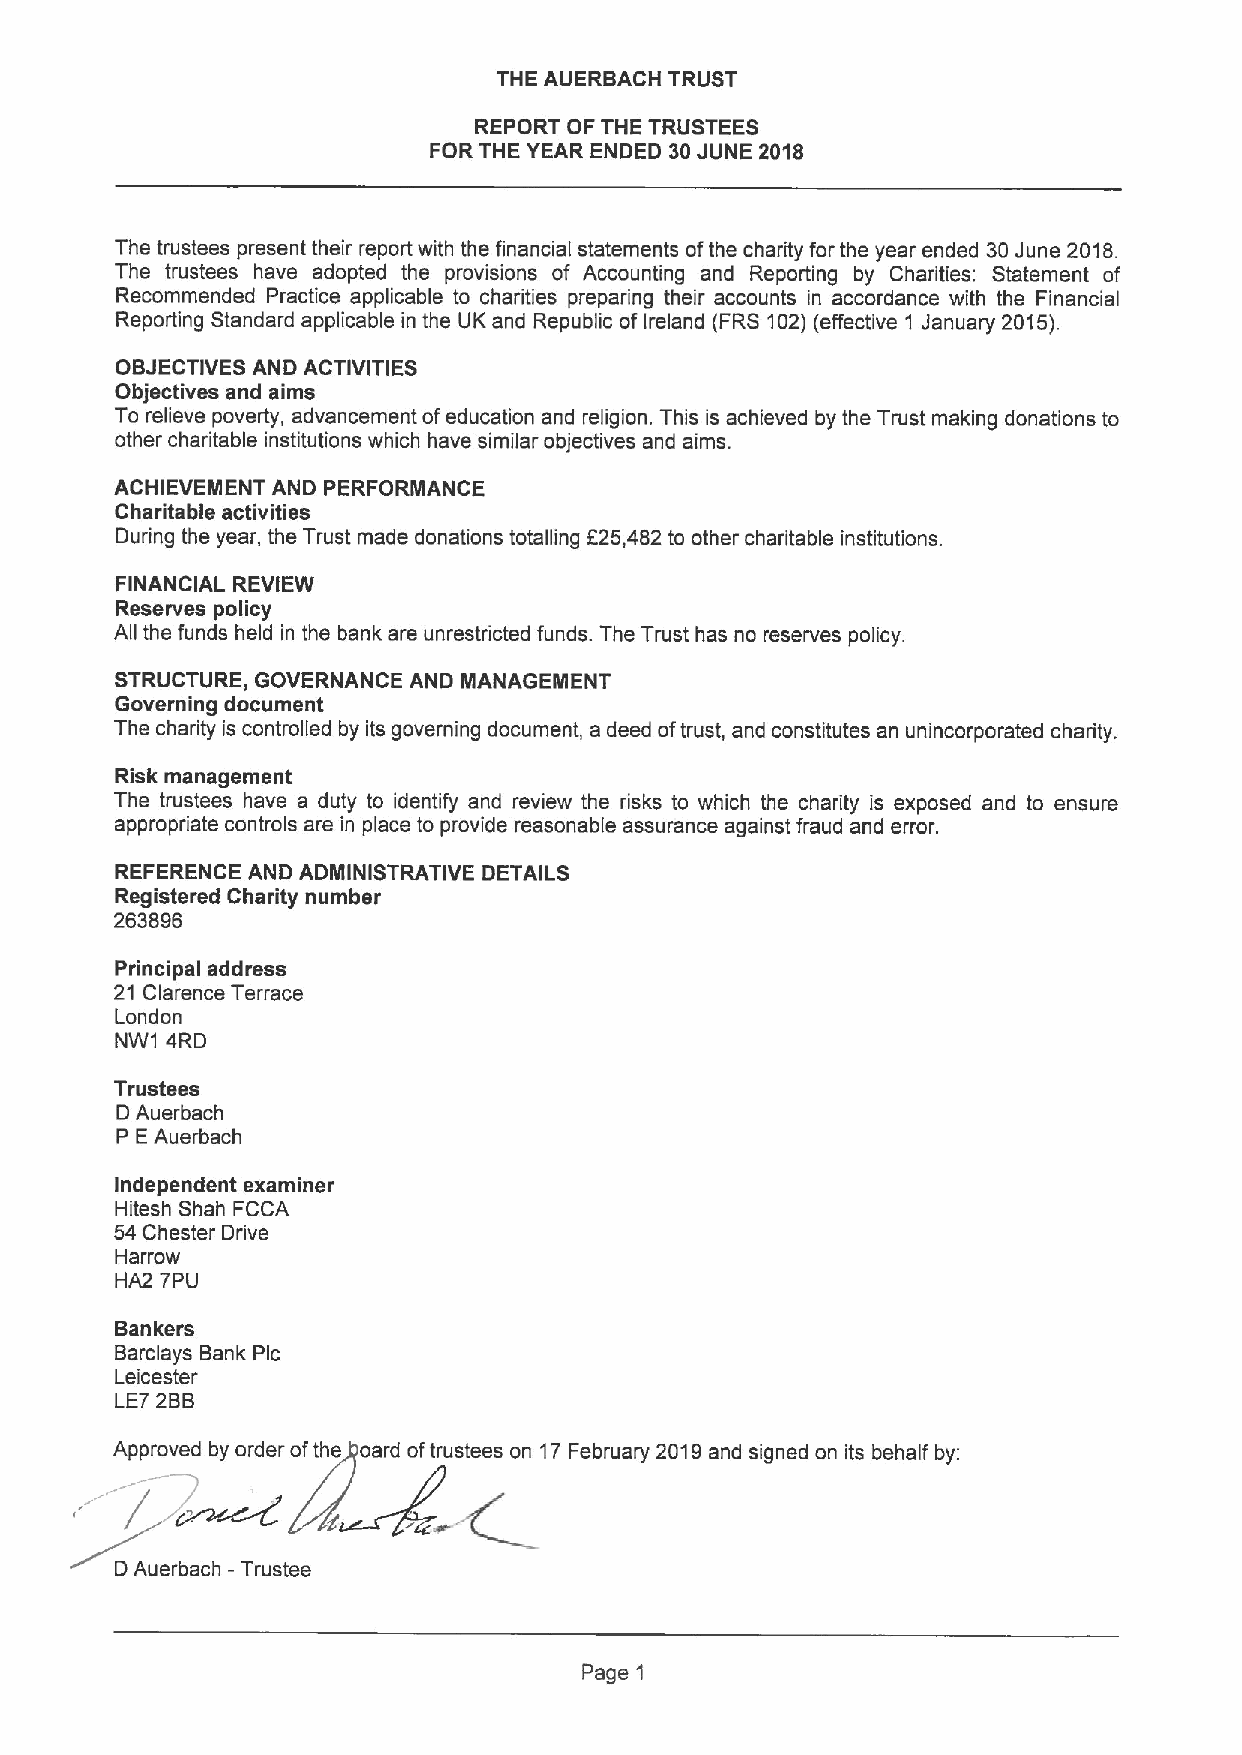
THE AUERBACH TRUST
 REPORT OF THE TRUSTEES
 FOR THE YEAR ENDED 30JUNE 2018
 The trustees present their report with the financial statements ofthe charity for the year ended 30June 2018.
 The trustees have adopted the provisions of Accounting and Reporting by Charities: Statement of
 Recommended Practice applicable to charities preparing their accounts in accordance with the Financial
 Reporting Standard applicable in the UK and Republic ofIreland (FRS 102)(effective 1 January 2015).
 OBJECTIVES AND ACTIVITIES
 Objectives and aims
 To relieve poverty, advancement ofeducation and religion. This is achieved by the Trust making donations to
 other charitable institutions which have similar objectives and aims.
 ACHIEVEMENT AND PERFORMANCE
 Charitable activities
 During the year, the Trust made donations totalling f25,482 to other charitable institutions.
 FINANCIAL REVIEW
 Reserves policy
 All the funds held in the bank are unrestricted funds. The Trust has no reserves policy.
 STRUCTURE, GOVERNANCE AND MANAGEMENT
 Governing document
 The charity is controlled by its governing document, a deed oftrust, and constitutes an unincorporated charity.
 Risk management
 The trustees have a duty to identify and review the risks to which the charity is exposed and to ensure
 appropriate controls are in place to provide reasonable assurance against fraud and error.
 REFERENCE AND ADMINISTRATIVE DETAILS
 Registered Charity number
 263896
 Principal address
 21 Clarence Terrace
 London
 NW1 4RD
 Trustees
 D Auerbach
 P EAuerbach
 Independent examiner
 Hitesh Shah FCCA
 54 Chester Drive
 Harrow
 HA2 7PU
 Bankers
 Barclays Bank Pic
 Leicester
 LE7 2BB
 Approved by order ofthe oard oftrustees on 17February 2019and signed on its behalf by:
 DAuerbach -Trustee
 Page 1